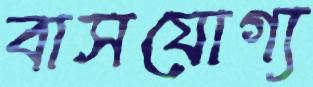
বাসযোগ্য